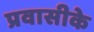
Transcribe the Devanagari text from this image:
प्रवासीके